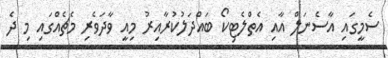
ސެމީގައި އާސެނަލް އާއި އެތްލެޓިކޯ ބައްދަލުކުރާއިރު މިއީ ވާދަވެރި މެޗެއްގައި މި ދެ